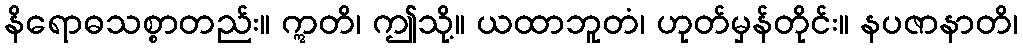
နိရောဓသစ္စာတည်း။ ဣတိ၊ ဤသို့။ ယထာဘူတံ၊ ဟုတ်မှန်တိုင်း။ နပဇာနာတိ၊